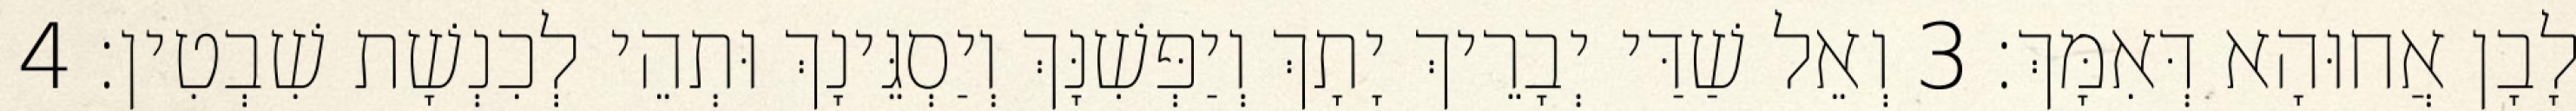
לָבָן אֲחוּהָא דְּאִמָּךְ׃ 3 וְאֵל שַׁדַּי יְבָרֵיךְ יָתָךְ וְיַפְּשִׁנָּךְ וְיַסְגֵּינָךְ וּתְהֵי לְכִנְשָׁת שִׁבְטִין׃ 4